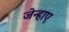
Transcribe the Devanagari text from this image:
जेन्हाए